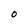
Character: O